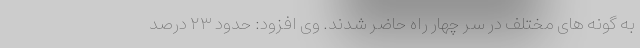
به گونه های مختلف در سر چهار راه حاضر شدند. وی افزود: حدود ۲۳ درصد